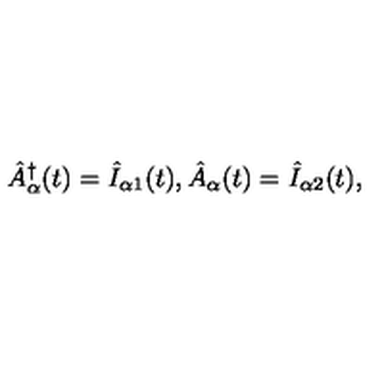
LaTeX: \hat { A } _ { \alpha } ^ { \dagger } ( t ) = \hat { I } _ { \alpha 1 } ( t ) , \hat { A } _ { \alpha } ( t ) = \hat { I } _ { \alpha 2 } ( t ) ,